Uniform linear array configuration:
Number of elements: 32
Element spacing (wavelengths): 0.25
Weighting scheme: cosine
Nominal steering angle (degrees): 0
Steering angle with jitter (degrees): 1.713
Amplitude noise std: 0.05
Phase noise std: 0.05

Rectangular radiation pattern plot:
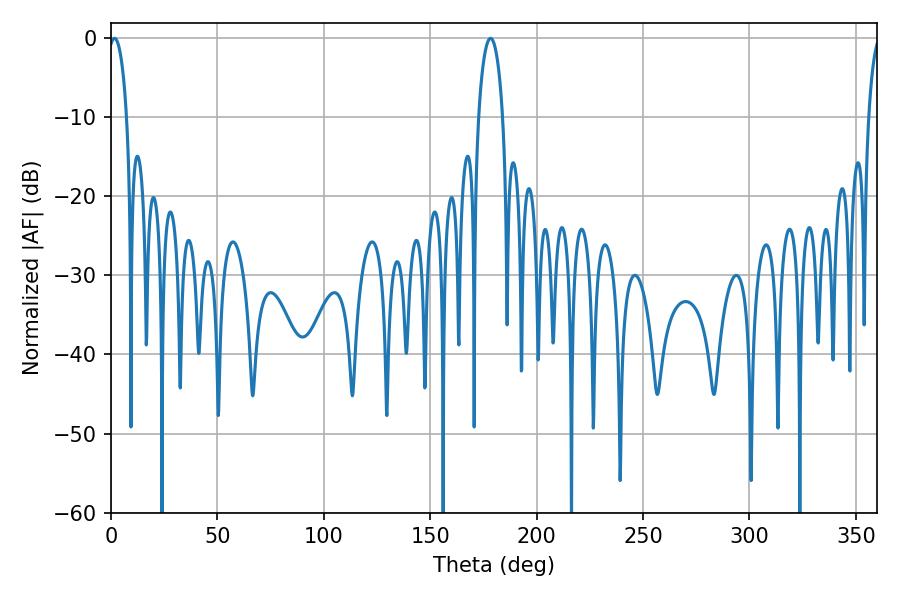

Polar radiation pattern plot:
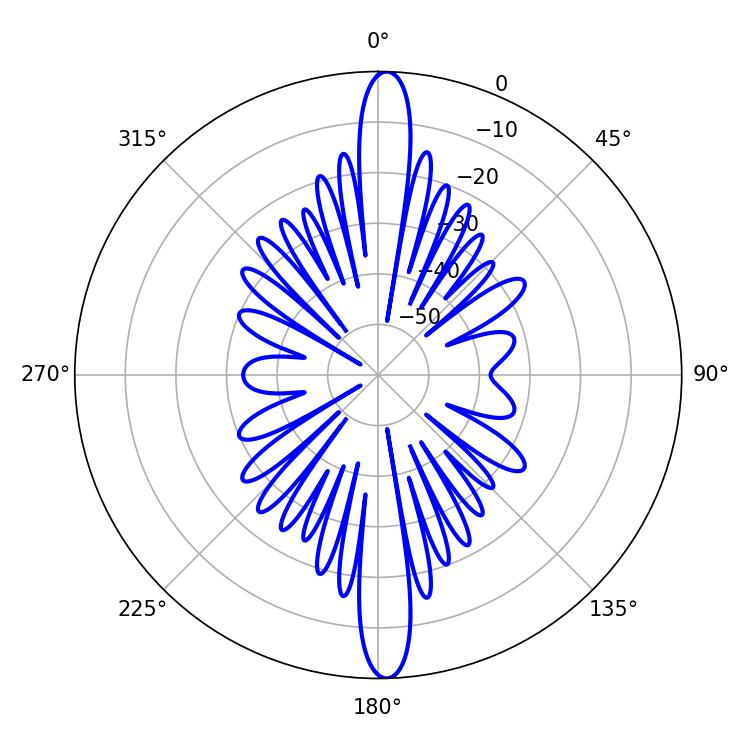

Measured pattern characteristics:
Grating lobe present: FALSE
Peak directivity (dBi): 24.469
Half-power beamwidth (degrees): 4.86
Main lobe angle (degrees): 1.62